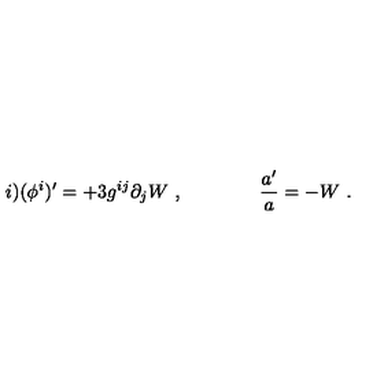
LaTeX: i ) ( \phi ^ { i } ) ^ { \prime } = + 3 g ^ { i j } \partial _ { j } W \ , \qquad \qquad { \frac { a ^ { \prime } } { a } } = - W \ .